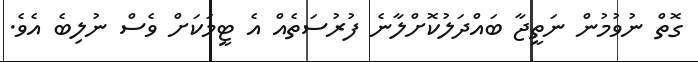
ގޮތް ނުވުމުން ނަތީޖާ ބައްދަލުކޮށްލާނެ ފުރުސަތެއް އެ ޓީމަކަށް ވެސް ނުލިބެ އެވެ.